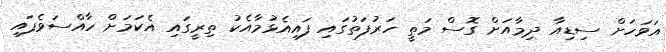
އަވަހަށް ސިޑިއާ ދިމާއަށް ގޮސް މަތީ ހަރުފަތުގައި ފައިއެޅުމާއެކު ތިރީގައި އެކަމަށް ހާއްސަވެފައި